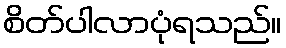
စိတ်ပါလာပုံရသည်။